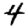
Digit: 4